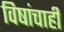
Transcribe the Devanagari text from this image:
विषांचाही